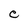
Character: C